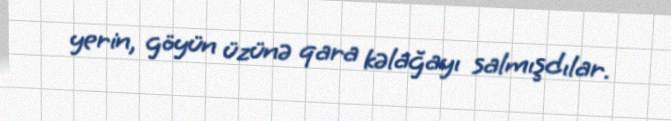
yerin, göyün üzünə qara kəlağayı salmışdılar.